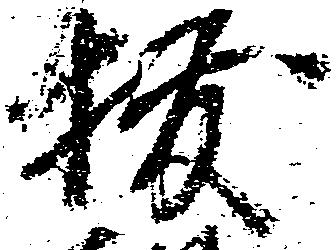
抜